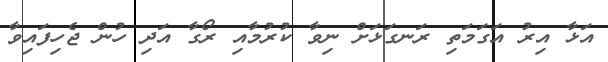
އަޅާ އިރު އަގަމަތި ރަނގަޅަށް ނިވާ ކުރުމާއި ރޯގާ އަދި ހުން ޖެހިފައިވާ